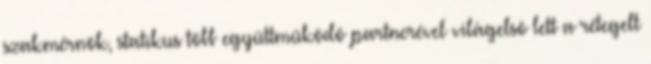
szakmérnök, statikus több együttmûködô partnerével világelsô lett a rétegelt